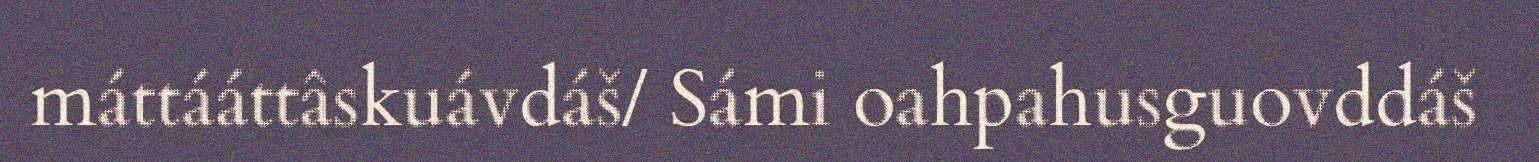
máttááttâskuávdáš/ Sámi oahpahusguovddáš